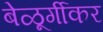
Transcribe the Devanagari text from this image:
बेळूर्गीकर